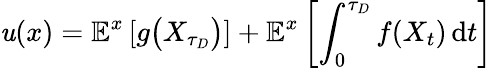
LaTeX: \mathit{u}(x)=\mathbb{{E}}^{x}\left[g{\big(}X_{\tau_{D}}{\big)}\right]+\mathbb{{E}}^{x}\left[\int_{0}^{\tau_{D}}f(X_{t})\, \mathrm{{d}}t\right]